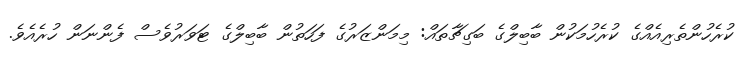
ކުރެހުންތެރިއެއްގެ ކުރެހުމަކުން ބާބިލްގެ ބަގިޗާތައް: މިމަންޒަރުގެ ފަހަތުން ބާބިލްގެ ޓަވަރުވެސް ފެންނަން ހުރެއެވެ.